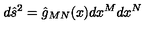
d { \hat { s } } ^ { 2 } = { \hat { g } } _ { M N } ( x ) d x ^ { M } d x ^ { N }